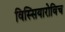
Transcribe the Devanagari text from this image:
विस्सियारोविच